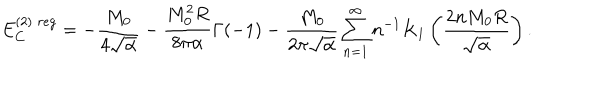
E _ { C } ^ { ( 2 ) \; r e g } = - \frac { M _ { 0 } } { 4 \sqrt { \alpha } } - \frac { M _ { 0 } ^ { 2 } R } { 8 \pi \alpha } \Gamma ( - 1 ) - \frac { M _ { 0 } } { 2 \pi \sqrt { \alpha } } \sum _ { n = 1 } ^ { \infty } n ^ { - 1 } K _ { 1 } \left( \frac { 2 n M _ { 0 } R } { \sqrt { \alpha } } \right) .